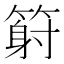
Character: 𥱈